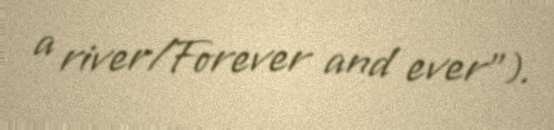
a river/Forever and ever").